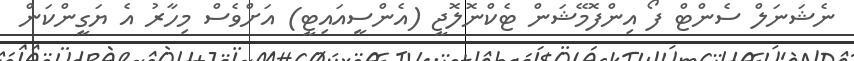
ނެޝަނަލް ސެންޓް ފޯ އިންފޮމޭޝަން ޓެކްނޮލޮޖީ (އެންސީއައިޓީ) އަށްވެސް މިހާރު އެ ޔަގީންކަން